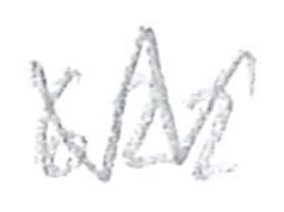
Text: 622
Cross-out: zig-zag
Writing tool: pencil